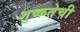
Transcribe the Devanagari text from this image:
शुष्कतेची